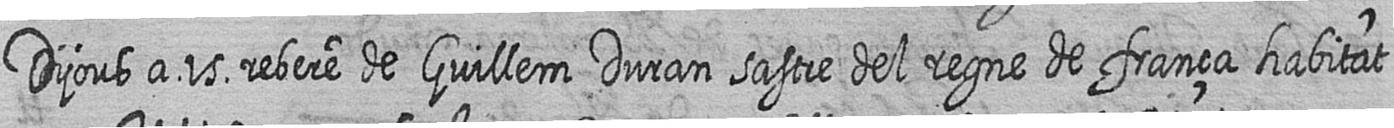
Dijous a 15 rebere de Guillem Duran sastre del regne de frança habitat